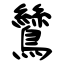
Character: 鷥